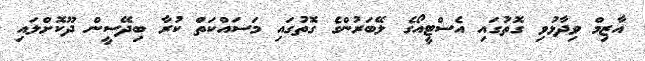
އާޒިމް ވިދާޅުވި ގޮތުގައި އެސްޓީއޯގެ ލޭބަރުންގެ ގޮތުގައި މަސައްކަތް ކުރާ ބިދޭސީން ދޫކޮށްލައި